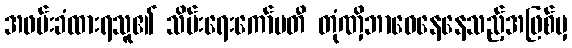
အဖမ်းခံထားရသူ၏ သိမ်းရေးကော်မတီ တုံဏှိဘာဝေနေနေသည့်အဖြစ်မှ